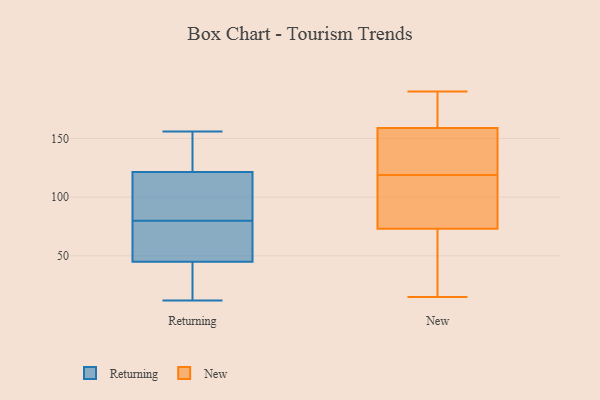
{"axis": {"x": "Website Visitors", "y": "Value"}, "legend": ["New", "Returning"], "data": [{"x": "", "y": 25, "type": "Returning"}, {"x": "", "y": 70, "type": "Returning"}, {"x": "", "y": 156, "type": "Returning"}, {"x": "", "y": 95, "type": "Returning"}, {"x": "", "y": 147, "type": "Returning"}, {"x": "", "y": 27, "type": "Returning"}, {"x": "", "y": 37, "type": "Returning"}, {"x": "", "y": 12, "type": "Returning"}, {"x": "", "y": 125, "type": "Returning"}, {"x": "", "y": 84, "type": "Returning"}, {"x": "", "y": 111, "type": "Returning"}, {"x": "", "y": 139, "type": "Returning"}, {"x": "", "y": 80, "type": "Returning"}, {"x": "", "y": 73, "type": "Returning"}, {"x": "", "y": 69, "type": "Returning"}, {"x": "", "y": 190, "type": "New"}, {"x": "", "y": 90, "type": "New"}, {"x": "", "y": 148, "type": "New"}, {"x": "", "y": 73, "type": "New"}, {"x": "", "y": 186, "type": "New"}, {"x": "", "y": 20, "type": "New"}, {"x": "", "y": 121, "type": "New"}, {"x": "", "y": 25, "type": "New"}, {"x": "", "y": 159, "type": "New"}, {"x": "", "y": 124, "type": "New"}, {"x": "", "y": 50, "type": "New"}, {"x": "", "y": 87, "type": "New"}, {"x": "", "y": 76, "type": "New"}, {"x": "", "y": 163, "type": "New"}, {"x": "", "y": 117, "type": "New"}, {"x": "", "y": 149, "type": "New"}, {"x": "", "y": 163, "type": "New"}, {"x": "", "y": 15, "type": "New"}]}